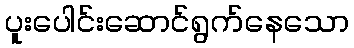
ပူးပေါင်းဆောင်ရွက်နေသော